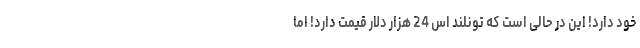
خود دارد! این در حالی است که تونلند اس 24 هزار دلار قیمت دارد! اما